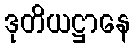
ဒုတိယဋ္ဌာနေ